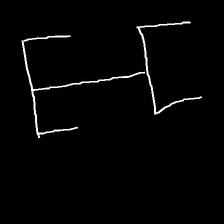
Glyph: entwine